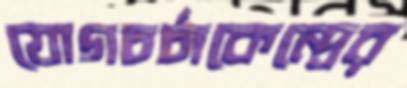
যোগচর্চাকেন্দ্রের